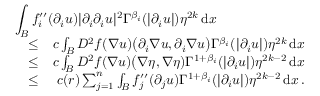
\begin{array} { r l r } { \lefteqn { \int _ { B } f _ { i } ^ { \prime \prime } ( \partial _ { i } u ) | \partial _ { i } \partial _ { i } u | ^ { 2 } \Gamma ^ { \beta _ { i } } ( | \partial _ { i } u | ) \eta ^ { 2 k } \, \mathrm { d } x } } \\ & { \leq } & { c \int _ { B } D ^ { 2 } f ( \nabla u ) \big ( \partial _ { i } \nabla u , \partial _ { i } \nabla u \big ) \Gamma ^ { \beta _ { i } } ( | \partial _ { i } u | ) \eta ^ { 2 k } \, \mathrm { d } x } \\ & { \leq } & { c \int _ { B } D ^ { 2 } f ( \nabla u ) \big ( \nabla \eta , \nabla \eta ) \Gamma ^ { 1 + \beta _ { i } } ( | \partial _ { i } u | ) \eta ^ { 2 k - 2 } \, \mathrm { d } x } \\ & { \leq } & { c ( r ) \sum _ { j = 1 } ^ { n } \int _ { B } f _ { j } ^ { \prime \prime } ( \partial _ { j } u ) \Gamma ^ { 1 + \beta _ { i } } ( | \partial _ { i } u | ) \eta ^ { 2 k - 2 } \, \mathrm { d } x \, . } \end{array}